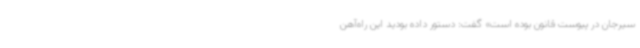
سیرجان در پیوست قانون بوده است» گفت: دستور داده بودید این راه‌آهن